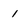
Character: 1